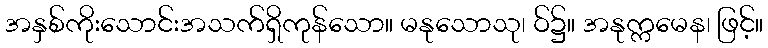
အနှစ်ကိုးသောင်းအသက်ရှိကုန်သော။ မနုသောသု၊ ဝ်၌။ အနုက္ကမေန၊ ဖြင့်။